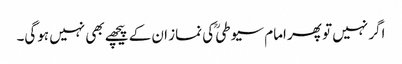
اگر نہیں تو پھر امام سیوطیؒ کی نماز ان کے پیچھے بھی نہیں ہوگی۔